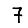
Digit: 7